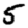
Digit: 5